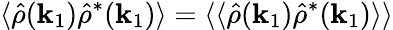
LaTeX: \langle\hat{\rho}(\mathbf{k}_{1})\hat{\rho}^{*}(\mathbf{k}_{1})\rangle=\langle\langle\hat{\rho}(\mathbf{k}_{1})\hat{\rho}^{*}(\mathbf{k}_{1})\rangle\rangle